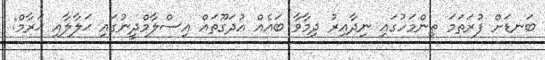
ބަނޑަށް ފުރަތަމަ ތިންމަހުގައި ނިދާއިރު ދިމާވާ ބައެއް އުދަގޫތައް އިސްލާމްދީނުގައި ޙަލާލާއި ޙަރާމް: